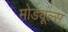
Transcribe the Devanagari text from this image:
मोड्यूल्स